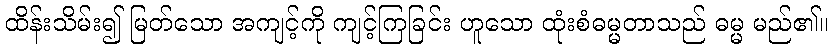
ထိန်းသိမ်း၍ မြတ်သော အကျင့်ကို ကျင့်ကြခြင်း ဟူသော ထုံးစံဓမ္မတာသည် ဓမ္မ မည်၏။